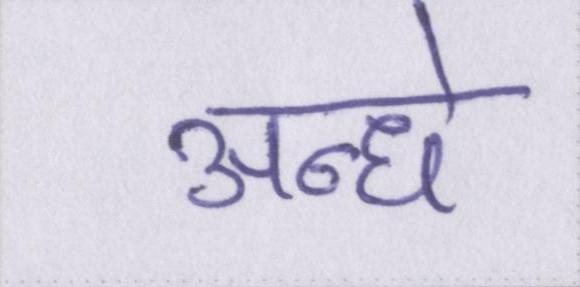
अन्धे